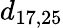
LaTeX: d_{17,25}